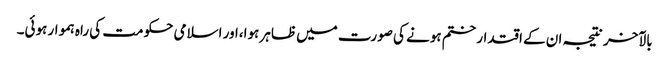
بالآخر نتیجہ ان کے اقتدار ختم ہونے کی صورت میں ظاہر ہوا،اور اسلامی حکومت کی راہ ہموار ہوئی۔